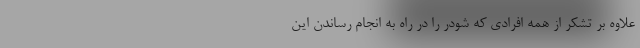
علاوه بر تشکر از همه افرادی که شودر را در راه به انجام رساندن این